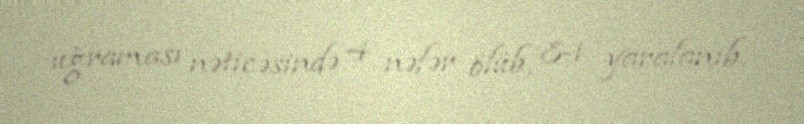
uğraması nəticəsində 4 nəfər ölüb, 8-i yaralanıb.